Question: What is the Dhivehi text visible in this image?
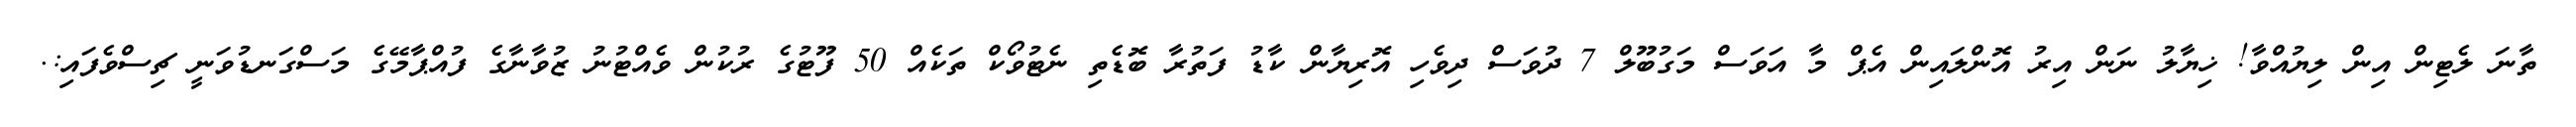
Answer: ތާނަ ލެޓިން އިން ލިޔުއްވާ! ޚިޔާލު ނަން އިރު އޮންލައިން އެޕް މާ އަވަސް މަގުބޫލް 7 ދުވަސް ދިވެހި އޮރިޔާން ކާޑު ފަތުރާ ބޮޑެތި ނެޓުވޯކް ތަކެއް 50 ފޫޓުގެ ރުކުން ވެއްޓުނު ޒުވާނާގެ ފުއްޕާމޭގެ މަސްގަނޑުވަނީ ޗިސްވެފައި:.